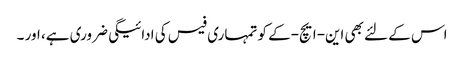
اس کے لئے بھی این-ایچ-کے کو تمہاری فیس کی ادائیگی ضروری ہے، اور ۔